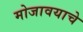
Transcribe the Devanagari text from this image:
मोजावयाचे